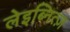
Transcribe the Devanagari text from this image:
लेइब्नित्ज़